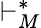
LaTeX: \vdash_{M}^{*}